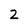
Character: 2